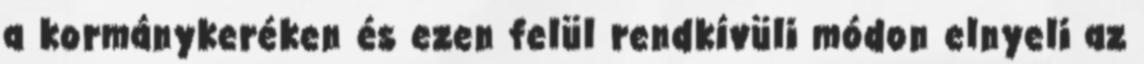
a kormánykeréken és ezen felül rendkívüli módon elnyeli az